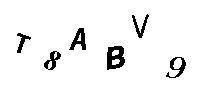
T8ABV9